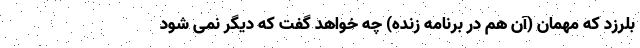
بلرزد که مهمان (آن هم در برنامه زنده) چه خواهد گفت که دیگر نمی شود